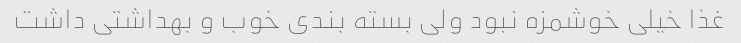
غذا خیلی خوشمزه نبود ولی بسته بندی خوب و بهداشتی داشت